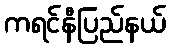
ကရင်နီပြည်နယ်